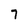
Character: 7